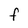
Character: F